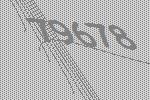
79678